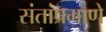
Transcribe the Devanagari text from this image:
संतांप्रमाणे